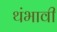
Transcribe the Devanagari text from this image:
थंभावी